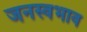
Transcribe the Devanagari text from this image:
जनस्वभाव